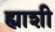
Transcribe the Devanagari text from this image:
ह्याशी